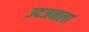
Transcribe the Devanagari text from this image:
उदजनला